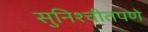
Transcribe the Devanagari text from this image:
सुनिश्चीतपणे